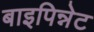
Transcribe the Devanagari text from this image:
बाइपिन्नेट